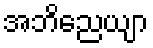
အဘိညေယျာ